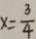
x = \frac { 3 } { 4 }